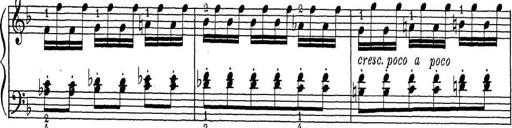
Title: ÄŒeskÃ© Sonatiny
Composer: Various